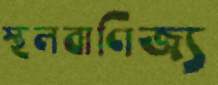
স্থলবাণিজ্য